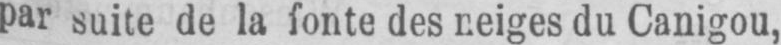
par suite de la fonte des neiges du Canigou,